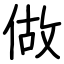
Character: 做